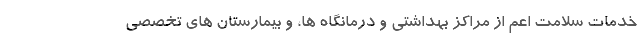
خدمات سلامت اعم از مراکز بهداشتی و درمانگاه ها، و بیمارستان های تخصصی